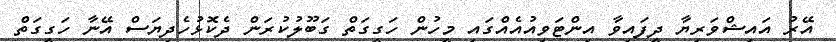
އޭރު އައިޝްވަރިޔާ ދީފައިވާ އިންޓަވިއުއެއްގައި މީހުން ހަގީގަތް ގަބޫލުކުރަން ދެކޮޅުހެދިޔަސް އޭނާ ހަގީގަތް